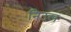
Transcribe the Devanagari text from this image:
निउल